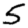
Digit: 5